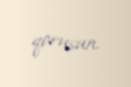
qorusun.